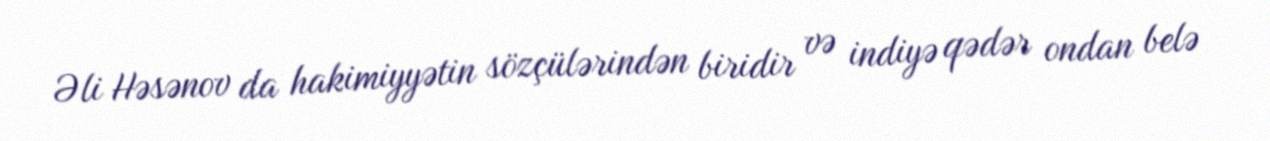
Əli Həsənov da hakimiyyətin sözçülərindən biridir və indiyə qədər ondan belə